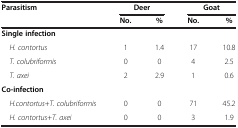
<table><thead><tr><td rowspan="2"><b>Parasitism</b></td><td colspan="2"><b>Deer</b></td><td colspan="2"><b>Goat</b></td></tr><tr><td><b>No.</b></td><td><b>%</b></td><td><b>No.</b></td><td><b>%</b></td></tr></thead><tbody><tr><td><b>Single infection</b></td><td> </td><td> </td><td> </td><td> </td></tr><tr><td> <i>H. contortus</i></td><td>1</td><td>1.4</td><td>17</td><td>10.8</td></tr><tr><td> <i>T. colubriformis</i></td><td>0</td><td>0</td><td>4</td><td>2.5</td></tr><tr><td> <i>T. axei</i></td><td>2</td><td>2.9</td><td>1</td><td>0.6</td></tr><tr><td><b>Co-infection</b></td><td> </td><td> </td><td> </td><td> </td></tr><tr><td> <i>H.contortus</i>+<i>T. colubriformis</i></td><td>0</td><td>0</td><td>71</td><td>45.2</td></tr><tr><td> <i>H. contortus</i>+<i>T. axei</i></td><td>0</td><td>0</td><td>3</td><td>1.9</td></tr></tbody></table>